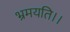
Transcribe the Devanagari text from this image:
भ्रमयति।।